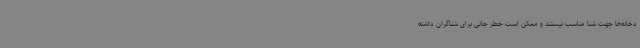
دخانه‌ها جهت شنا مناسب نیستند و ممکن است خطر جانی برای شناگران داشته